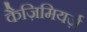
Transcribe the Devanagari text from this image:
कैज़िमियर्ज़